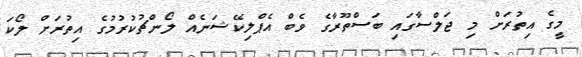
މީގެ އިތުރަށް މި ޖަލްސާގައި ބަސްތޫރާގެ ވެބް އެޕްލިކޭޝަނެއް ލޯންޗުކުރުމުގެ އިތުރަށް ލޯކަ